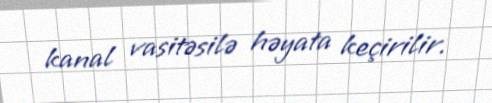
kanal vasitəsilə həyata keçirilir.